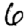
Digit: 6